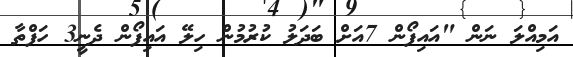
އަމިއްލަ ނަން "އައިފޯން 7އަށް ބަދަލު ކުރުމުން ހިލޭ އައިފޯން ދެނީ3 ހަފްތާ